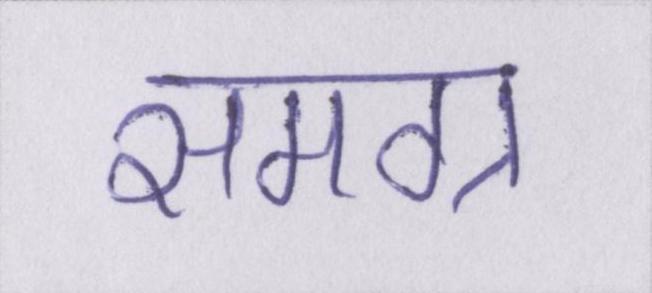
समग्र